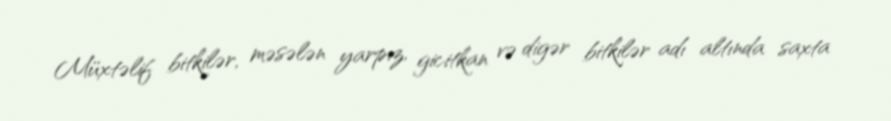
Müxtəlif bitkilər, məsələn yarpız, gicitkan və digər bitkilər adı altında saxta